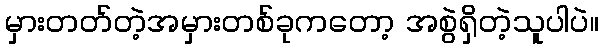
မှားတတ်တဲ့အမှားတစ်ခုကတော့ အစွဲရှိတဲ့သူပါပဲ။